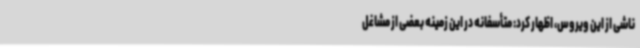
ناشی از این ویروس، اظهار کرد: متأسفانه در این زمینه بعضی از مشاغل